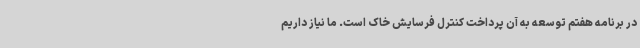
در برنامه هفتم توسعه به آن پرداخت کنترل فرسایش خاک است. ما نیاز داریم